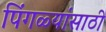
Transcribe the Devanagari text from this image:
पिंगळ्यांसाठी